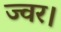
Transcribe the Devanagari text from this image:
ज्वर।